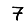
Digit: 7